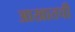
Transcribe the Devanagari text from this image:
आखातची